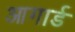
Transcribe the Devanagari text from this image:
आगार्ड